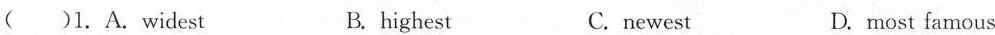
( )1.A.Widest B. highest C. newest D.most famous